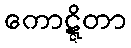
ကောဋ္ဋိတာ